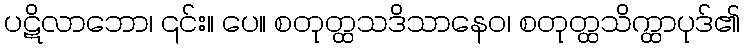
ပဋိလာဘော၊ ၎င်း။ ပေ။ စတုတ္ထသဒိသာနေဝ၊ စတုတ္ထသိက္ထာပုဒ်၏